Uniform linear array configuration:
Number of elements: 32
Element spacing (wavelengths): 0.75
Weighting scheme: exponential
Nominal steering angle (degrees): -60
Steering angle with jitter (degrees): -61.261
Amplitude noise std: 0.05
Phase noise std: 0.05

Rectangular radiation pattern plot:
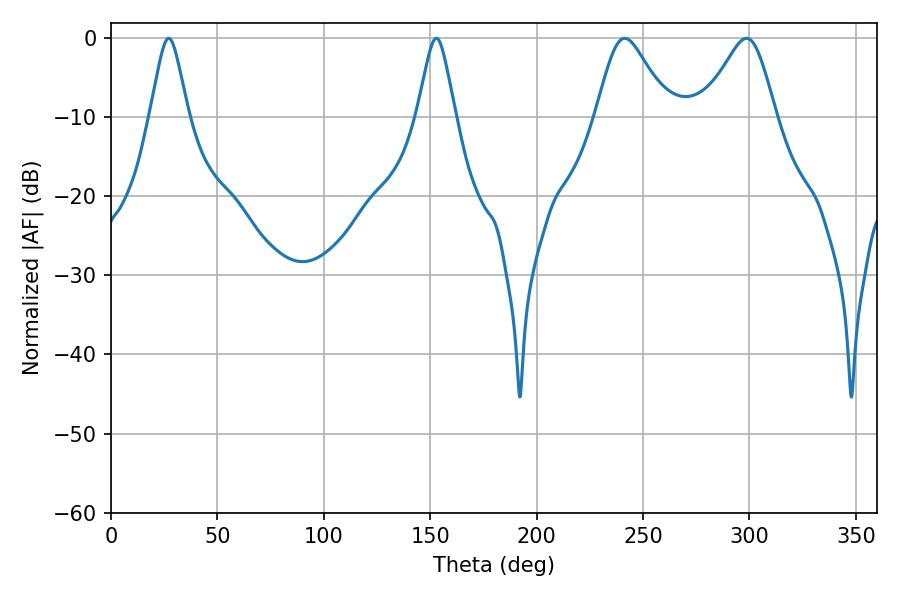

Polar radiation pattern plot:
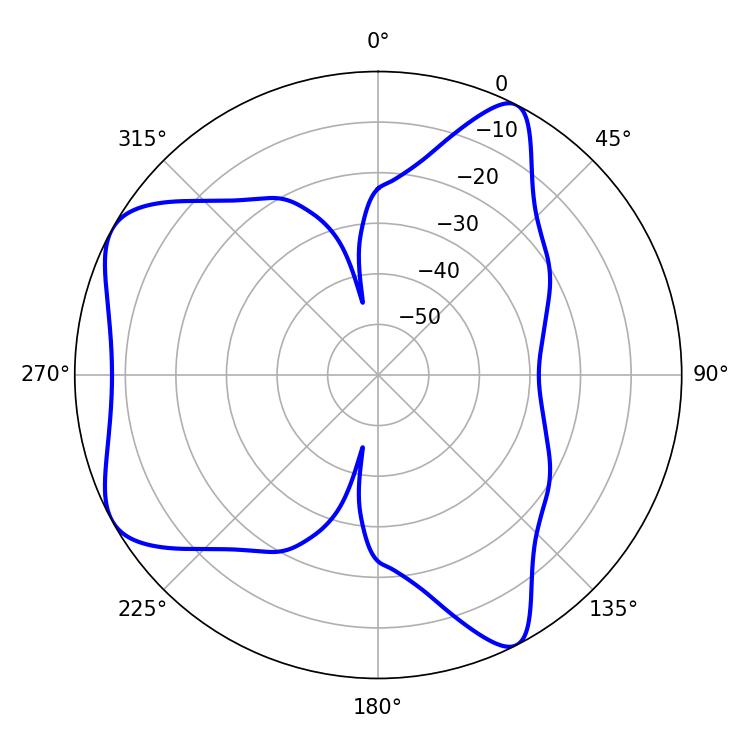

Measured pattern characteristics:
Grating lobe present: TRUE
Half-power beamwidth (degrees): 16.74
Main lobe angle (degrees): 241.38